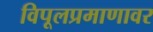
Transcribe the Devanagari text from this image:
विपूलप्रमाणावर